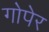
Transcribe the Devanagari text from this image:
गोपेर